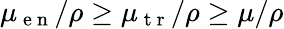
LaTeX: \mu_{\mathrm{~e~n~}}/\rho\geq\mu_{\mathrm{~t~r~}}/\rho\geq\mu/\rho